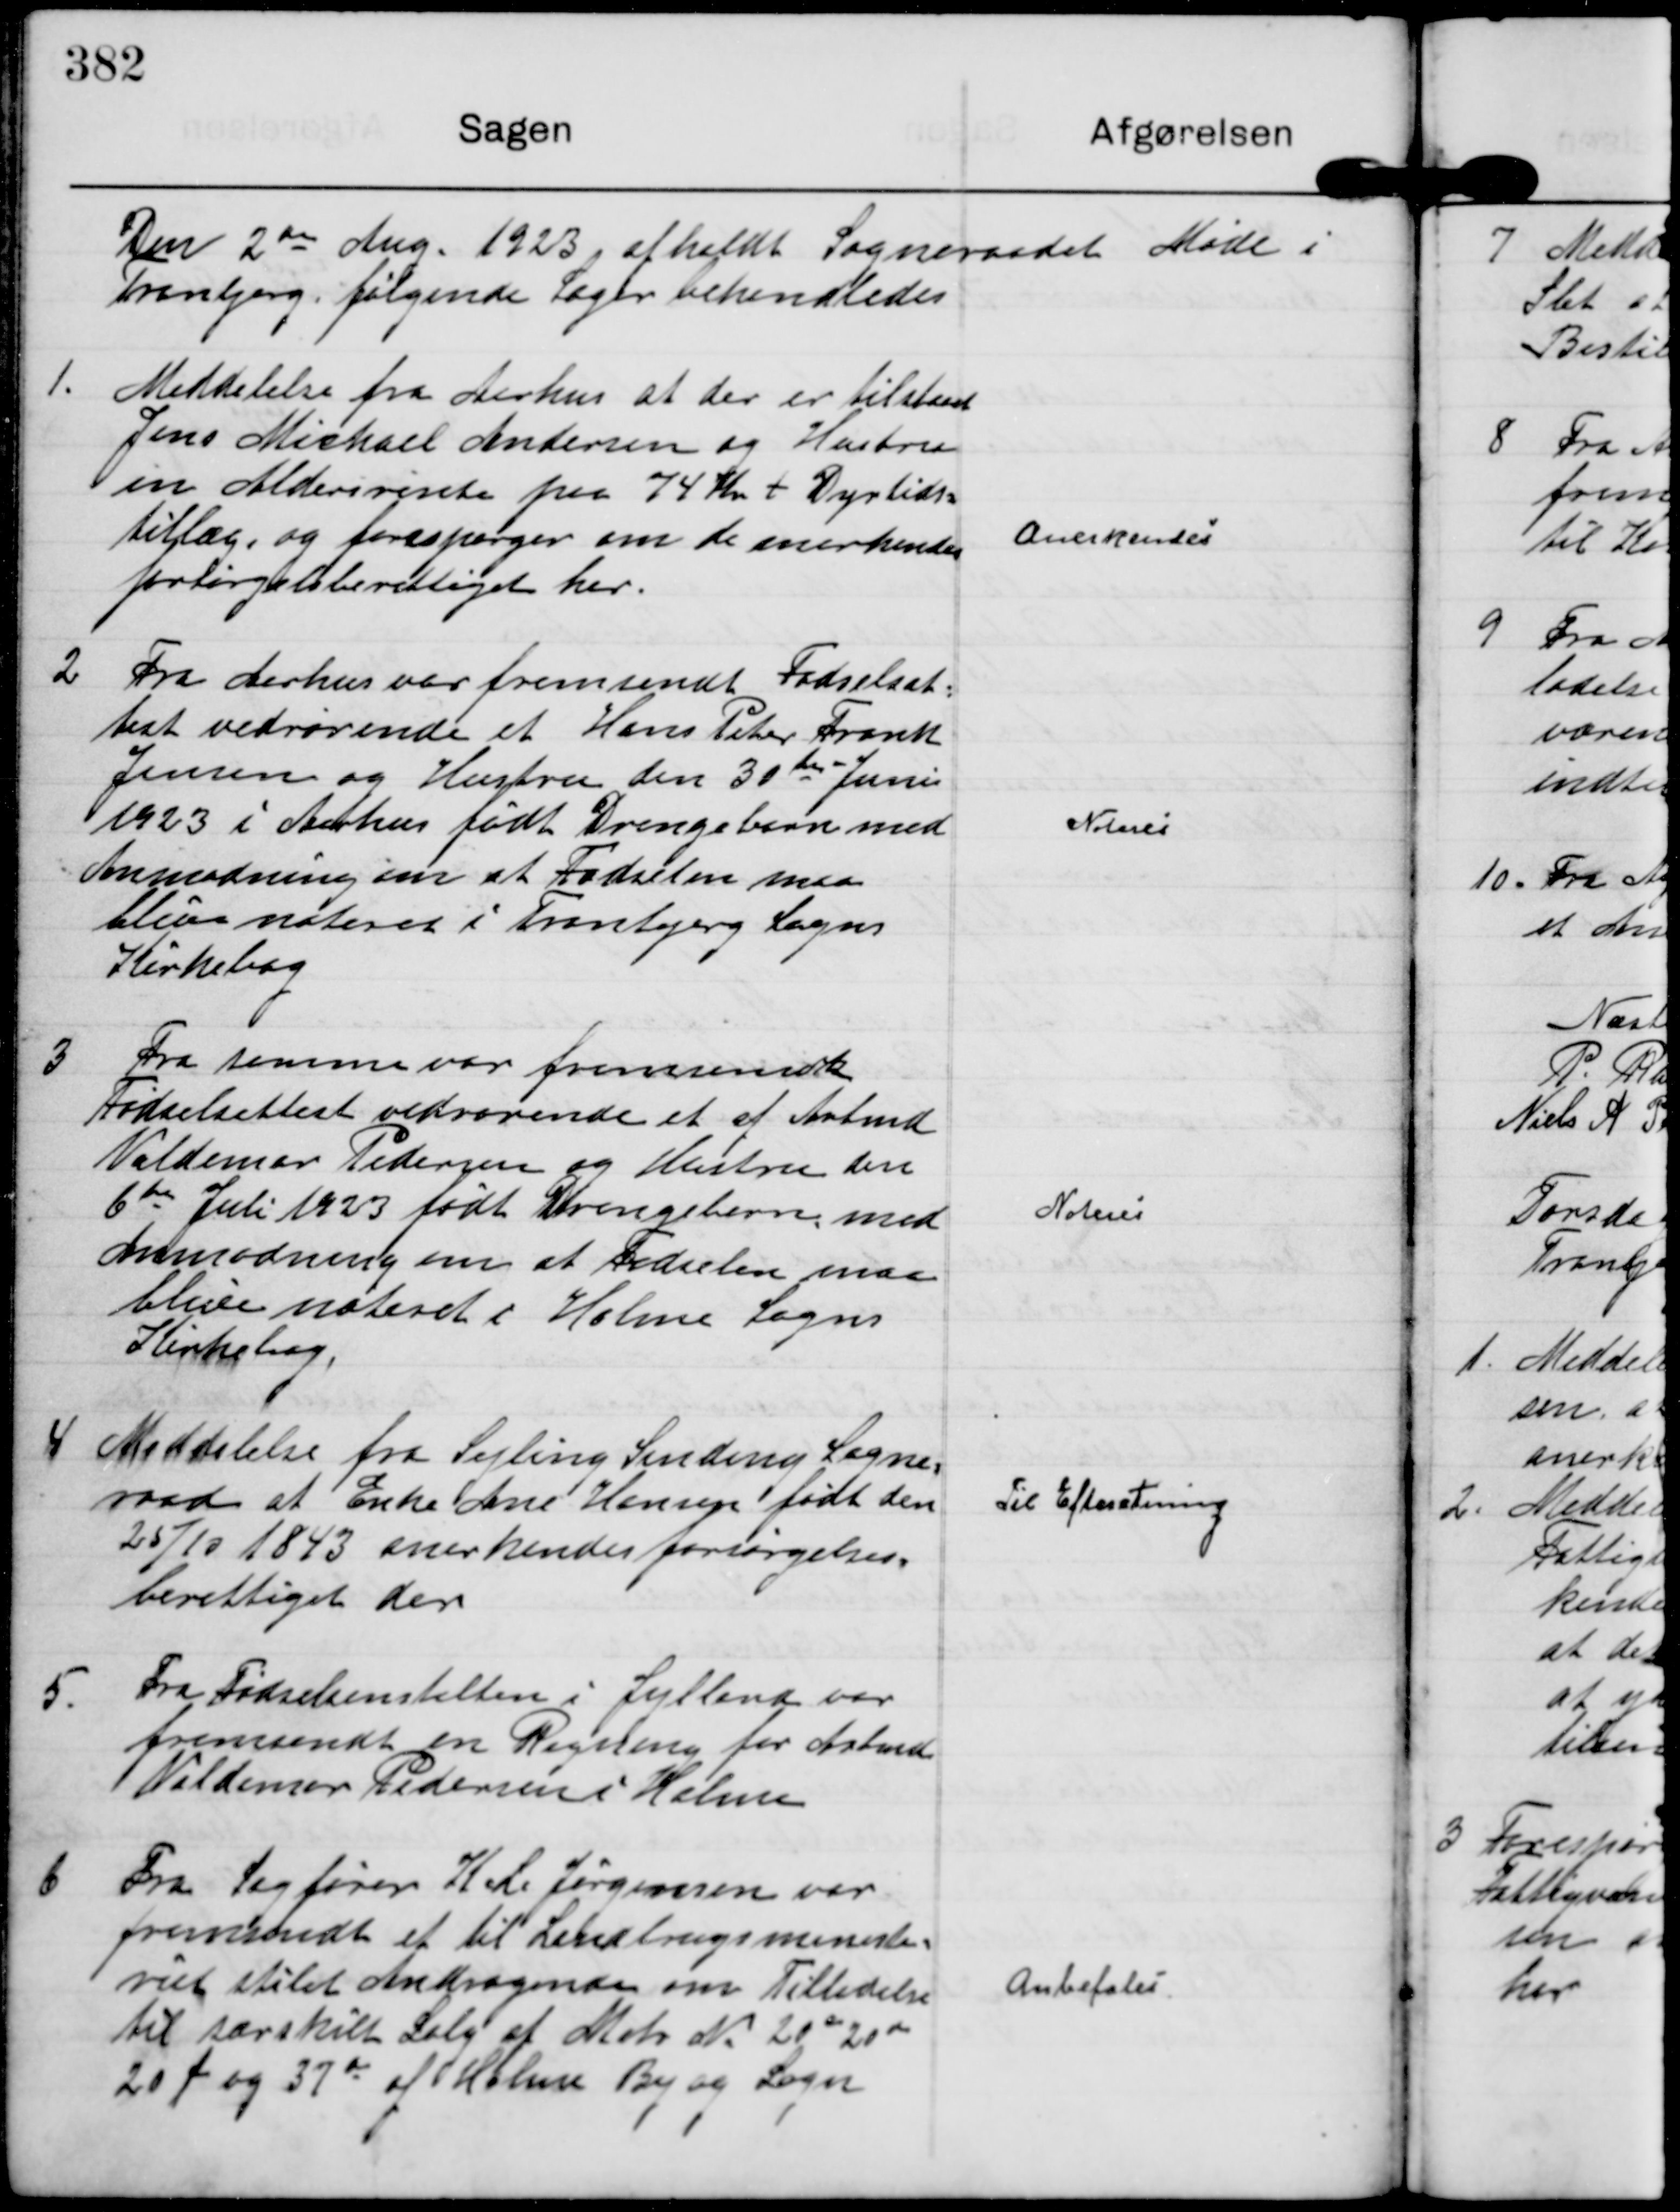
Transskription:
Den 2 de Aug. 1923 afholdt Sogneraadet Møde i
Tranbjerg, følgende Sager behandledes

1.
Meddelelse fra Aarhus at der er tilstaaet
Jens Michael Andersen og Hustru
en Aldersrente paa 74 Kr + Dyrtids=
tillæg, og forespørger om de anerkendes
forsørgelsesberettigede her.

Anerkendes

2
Fra Aarhus var fremsendt Fødselsat=
test vedrørende et Hans Peter Frank
Jensen og Hustru den 31 te Juni
1923 i Aarhus født Drengebarn med
Anmodning om at Fødselen maa
blive noteret i Tranbjerg Sogns
Kirkebog

Noteres

3
Fra samme var fremsendt
Fødselsattest vedrørende et af Arbmd
Valdemar Pedersen og Hustru den
6 te Juli 1923 født Drengebarn, med
Anmodning om at Fødselen maa
blive noteret i Holme Sogns
Kirkebog.

Noteres

4
Meddelelse fra Sejling Sinding Sogne=
raad at Enke Ane Hansen født den
25/10 1843 anerkendes forsørgelses=
berettiget der

Til Efteretning

5.
Fra Fødselsanstalten i Jylland var
fremsendt en Regning for Arbmd
Valdemar Pedersen i Holme

6
Fra Sagfører Karl Jørgensen var 
fremsendt et til Landbrugsministe=
riet stilet Andragende om Tilladelse
til særskilt Salg af Matr Nr 20 e 20 d
20 f og 37 d af Holme By og Sogn

Anbefales.